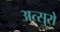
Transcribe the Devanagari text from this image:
अत्सुरो